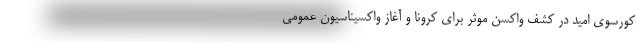
کورسوی امید در کشف واکسن موثر برای کرونا و آغاز واکسیناسیون عمومی